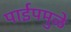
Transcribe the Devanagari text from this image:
पाईपमुळे